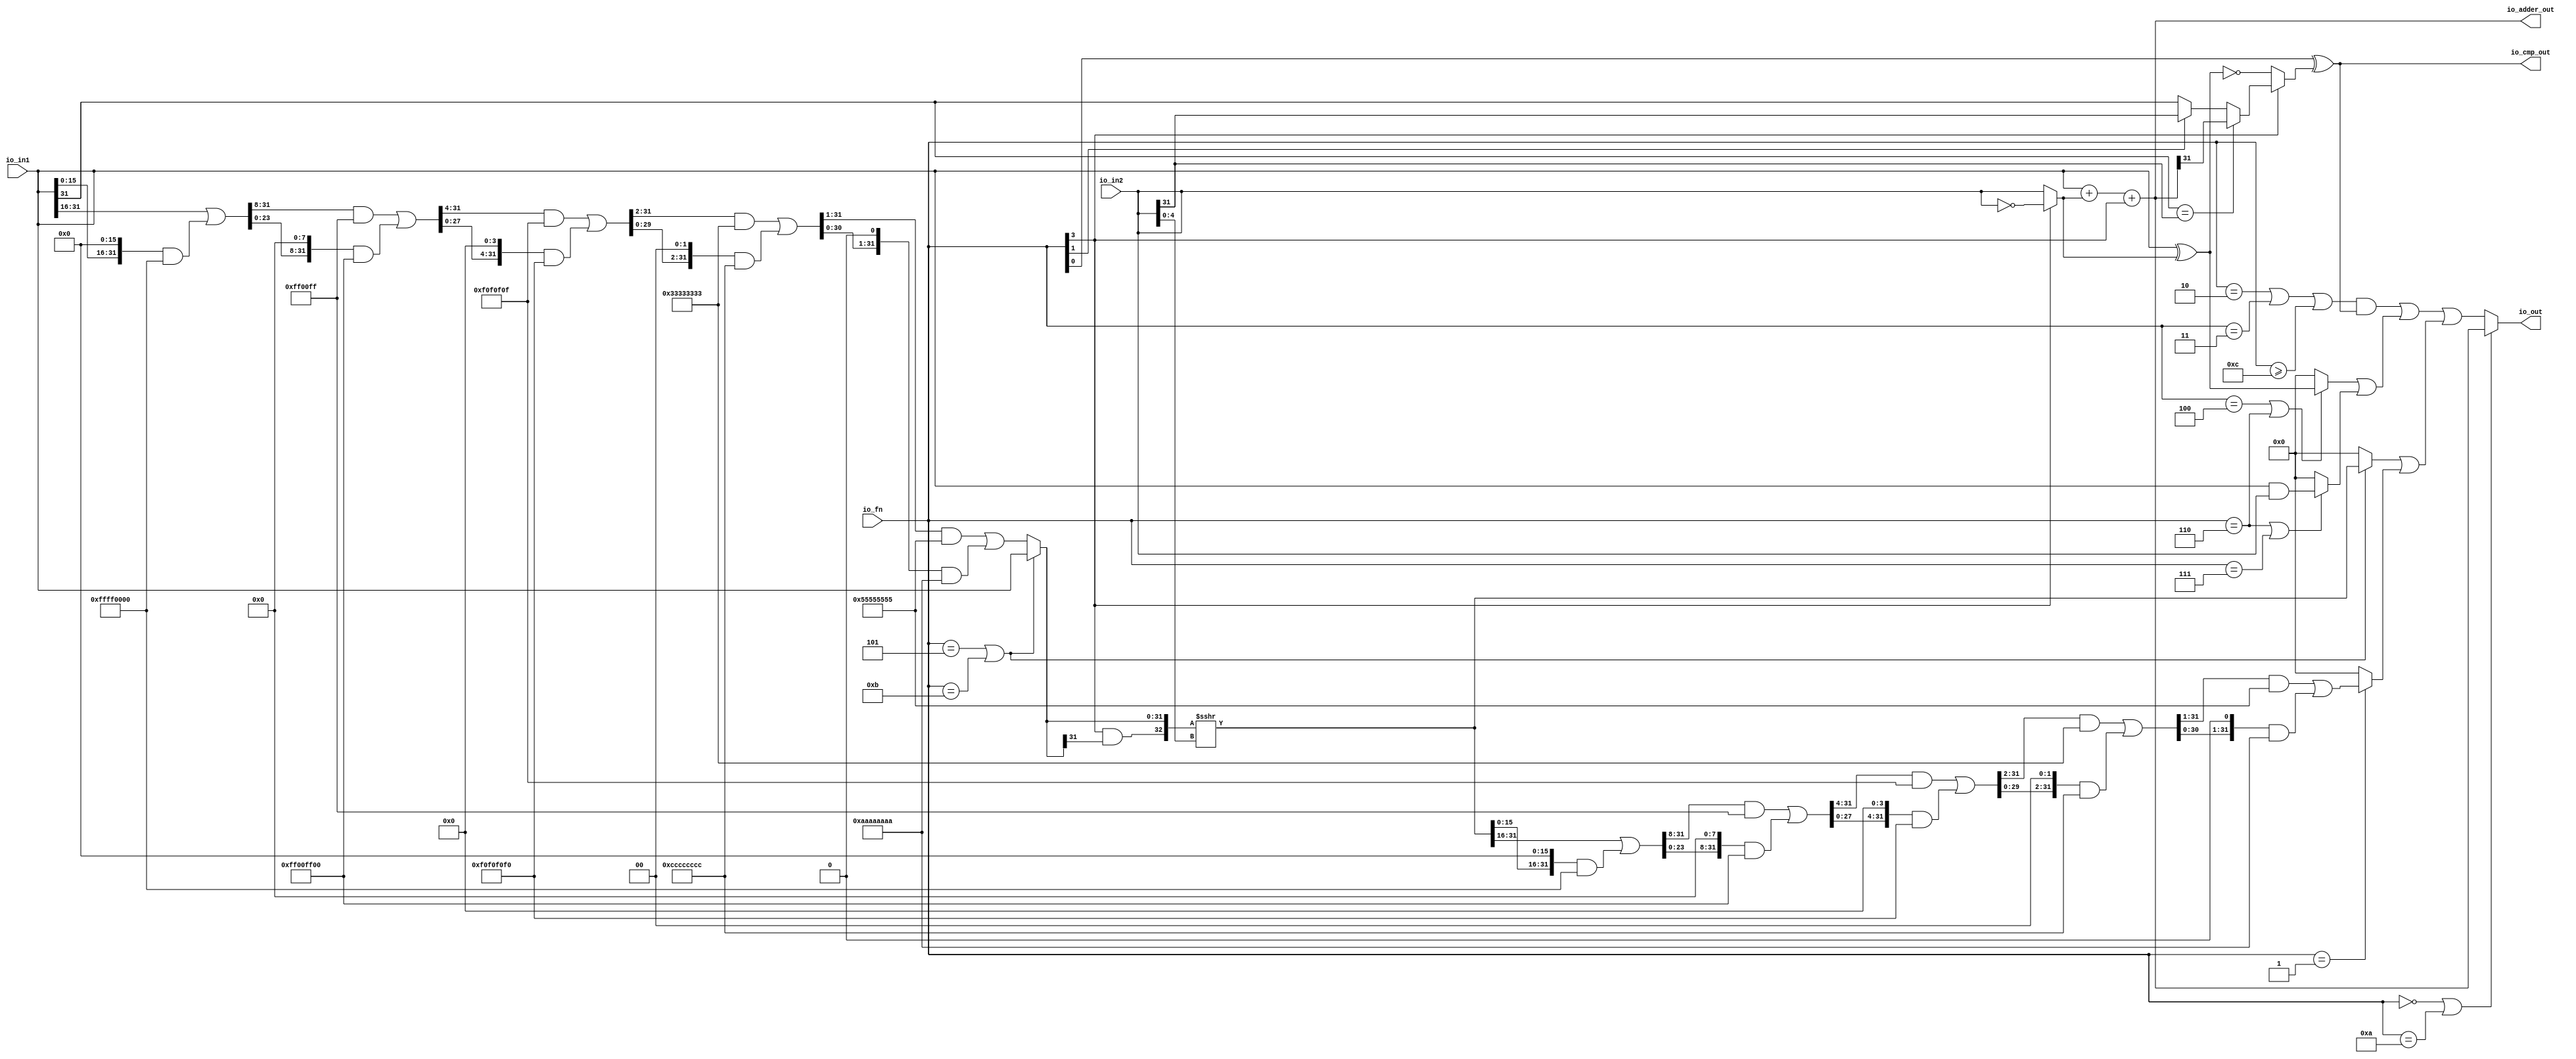
// Copyright (c) 2017, Microsemi Corporation
// All rights reserved.
//
// Redistribution and use in source and binary forms, with or without
// modification, are permitted provided that the following conditions are met:
//     * Redistributions of source code must retain the above copyright
//       notice, this list of conditions and the following disclaimer.
//     * Redistributions in binary form must reproduce the above copyright
//       notice, this list of conditions and the following disclaimer in the
//       documentation and/or other materials provided with the distribution.
//     * Neither the name of the <organization> nor the
//       names of its contributors may be used to endorse or promote products
//       derived from this software without specific prior written permission.
//
// THIS SOFTWARE IS PROVIDED BY THE COPYRIGHT HOLDERS AND CONTRIBUTORS "AS IS" AND
// ANY EXPRESS OR IMPLIED WARRANTIES, INCLUDING, BUT NOT LIMITED TO, THE IMPLIED
// WARRANTIES OF MERCHANTABILITY AND FITNESS FOR A PARTICULAR PURPOSE ARE
// DISCLAIMED. IN NO EVENT SHALL MICROSEMI CORPORATIONM BE LIABLE FOR ANY
// DIRECT, INDIRECT, INCIDENTAL, SPECIAL, EXEMPLARY, OR CONSEQUENTIAL DAMAGES
// (INCLUDING, BUT NOT LIMITED TO, PROCUREMENT OF SUBSTITUTE GOODS OR SERVICES;
// LOSS OF USE, DATA, OR PROFITS; OR BUSINESS INTERRUPTION) HOWEVER CAUSED AND
// ON ANY THEORY OF LIABILITY, WHETHER IN CONTRACT, STRICT LIABILITY, OR TORT
// (INCLUDING NEGLIGENCE OR OTHERWISE) ARISING IN ANY WAY OUT OF THE USE OF THIS
// SOFTWARE, EVEN IF ADVISED OF THE POSSIBILITY OF SUCH DAMAGE.
//
// APACHE LICENSE
// Copyright (c) 2017, Microsemi Corporation 
//
// Licensed under the Apache License, Version 2.0 (the "License");
// you may not use this file except in compliance with the License.
// You may obtain a copy of the License at
//
//    http://www.apache.org/licenses/LICENSE-2.0
//
// Unless required by applicable law or agreed to in writing, software
// distributed under the License is distributed on an "AS IS" BASIS,
// WITHOUT WARRANTIES OR CONDITIONS OF ANY KIND, either express or implied.
// See the License for the specific language governing permissions and
// limitations under the License.
//
// Description:
//
// SVN Revision Information:
// SVN $Revision: $
// SVN $Date: $
//
// Resolved SARs
// SAR      Date     Who   Description
//
// Notes:
//
// ****************************************************************************/
`define RANDOMIZE
`timescale 1ns/10ps
module PROC_SUBSYSTEM_MIV_RV32IMA_L1_AHB_0_MIV_RV32IMA_L1_AHB_ALU(
  input  [3:0]  io_fn,
  input  [31:0] io_in2,
  input  [31:0] io_in1,
  output [31:0] io_out,
  output [31:0] io_adder_out,
  output        io_cmp_out
);
  wire  _T_9;
  wire [31:0] _T_10;
  wire [31:0] in2_inv;
  wire [31:0] in1_xor_in2;
  wire [32:0] _T_11;
  wire [31:0] _T_12;
  wire [31:0] _GEN_0;
  wire [32:0] _T_14;
  wire [31:0] _T_15;
  wire  _T_16;
  wire  _T_19;
  wire  _T_21;
  wire  _T_22;
  wire  _T_23;
  wire  _T_24;
  wire  _T_25;
  wire  _T_26;
  wire  _T_29;
  wire  _T_30;
  wire  _T_31;
  wire  _T_32;
  wire [4:0] shamt;
  wire  _T_34;
  wire  _T_36;
  wire  _T_37;
  wire [15:0] _T_42;
  wire [31:0] _T_43;
  wire [15:0] _T_44;
  wire [31:0] _GEN_1;
  wire [31:0] _T_45;
  wire [31:0] _T_47;
  wire [31:0] _T_48;
  wire [23:0] _T_52;
  wire [31:0] _GEN_2;
  wire [31:0] _T_53;
  wire [23:0] _T_54;
  wire [31:0] _GEN_3;
  wire [31:0] _T_55;
  wire [31:0] _T_57;
  wire [31:0] _T_58;
  wire [27:0] _T_62;
  wire [31:0] _GEN_4;
  wire [31:0] _T_63;
  wire [27:0] _T_64;
  wire [31:0] _GEN_5;
  wire [31:0] _T_65;
  wire [31:0] _T_67;
  wire [31:0] _T_68;
  wire [29:0] _T_72;
  wire [31:0] _GEN_6;
  wire [31:0] _T_73;
  wire [29:0] _T_74;
  wire [31:0] _GEN_7;
  wire [31:0] _T_75;
  wire [31:0] _T_77;
  wire [31:0] _T_78;
  wire [30:0] _T_82;
  wire [31:0] _GEN_8;
  wire [31:0] _T_83;
  wire [30:0] _T_84;
  wire [31:0] _GEN_9;
  wire [31:0] _T_85;
  wire [31:0] _T_87;
  wire [31:0] _T_88;
  wire [31:0] shin;
  wire  _T_90;
  wire  _T_91;
  wire [32:0] _T_92;
  wire [32:0] _T_93;
  wire [32:0] _T_94;
  wire [31:0] shout_r;
  wire [15:0] _T_99;
  wire [31:0] _T_100;
  wire [15:0] _T_101;
  wire [31:0] _GEN_10;
  wire [31:0] _T_102;
  wire [31:0] _T_104;
  wire [31:0] _T_105;
  wire [23:0] _T_109;
  wire [31:0] _GEN_11;
  wire [31:0] _T_110;
  wire [23:0] _T_111;
  wire [31:0] _GEN_12;
  wire [31:0] _T_112;
  wire [31:0] _T_114;
  wire [31:0] _T_115;
  wire [27:0] _T_119;
  wire [31:0] _GEN_13;
  wire [31:0] _T_120;
  wire [27:0] _T_121;
  wire [31:0] _GEN_14;
  wire [31:0] _T_122;
  wire [31:0] _T_124;
  wire [31:0] _T_125;
  wire [29:0] _T_129;
  wire [31:0] _GEN_15;
  wire [31:0] _T_130;
  wire [29:0] _T_131;
  wire [31:0] _GEN_16;
  wire [31:0] _T_132;
  wire [31:0] _T_134;
  wire [31:0] _T_135;
  wire [30:0] _T_139;
  wire [31:0] _GEN_17;
  wire [31:0] _T_140;
  wire [30:0] _T_141;
  wire [31:0] _GEN_18;
  wire [31:0] _T_142;
  wire [31:0] _T_144;
  wire [31:0] shout_l;
  wire [31:0] _T_151;
  wire  _T_153;
  wire [31:0] _T_155;
  wire [31:0] shout;
  wire  _T_157;
  wire  _T_159;
  wire  _T_160;
  wire [31:0] _T_162;
  wire  _T_166;
  wire  _T_167;
  wire [31:0] _T_168;
  wire [31:0] _T_170;
  wire [31:0] logic$;
  wire  _T_172;
  wire  _T_174;
  wire  _T_175;
  wire  _T_177;
  wire  _T_178;
  wire  _T_179;
  wire [31:0] _GEN_19;
  wire [31:0] _T_180;
  wire [31:0] shift_logic;
  wire  _T_182;
  wire  _T_184;
  wire  _T_185;
  wire [31:0] out;
  assign io_out = out;
  assign io_adder_out = _T_15;
  assign io_cmp_out = _T_32;
  assign _T_9 = io_fn[3];
  assign _T_10 = ~ io_in2;
  assign in2_inv = _T_9 ? _T_10 : io_in2;
  assign in1_xor_in2 = io_in1 ^ in2_inv;
  assign _T_11 = io_in1 + in2_inv;
  assign _T_12 = _T_11[31:0];
  assign _GEN_0 = {{31'd0}, _T_9};
  assign _T_14 = _T_12 + _GEN_0;
  assign _T_15 = _T_14[31:0];
  assign _T_16 = io_fn[0];
  assign _T_19 = _T_9 == 1'h0;
  assign _T_21 = in1_xor_in2 == 32'h0;
  assign _T_22 = io_in1[31];
  assign _T_23 = io_in2[31];
  assign _T_24 = _T_22 == _T_23;
  assign _T_25 = io_adder_out[31];
  assign _T_26 = io_fn[1];
  assign _T_29 = _T_26 ? _T_23 : _T_22;
  assign _T_30 = _T_24 ? _T_25 : _T_29;
  assign _T_31 = _T_19 ? _T_21 : _T_30;
  assign _T_32 = _T_16 ^ _T_31;
  assign shamt = io_in2[4:0];
  assign _T_34 = io_fn == 4'h5;
  assign _T_36 = io_fn == 4'hb;
  assign _T_37 = _T_34 | _T_36;
  assign _T_42 = io_in1[31:16];
  assign _T_43 = {{16'd0}, _T_42};
  assign _T_44 = io_in1[15:0];
  assign _GEN_1 = {{16'd0}, _T_44};
  assign _T_45 = _GEN_1 << 16;
  assign _T_47 = _T_45 & 32'hffff0000;
  assign _T_48 = _T_43 | _T_47;
  assign _T_52 = _T_48[31:8];
  assign _GEN_2 = {{8'd0}, _T_52};
  assign _T_53 = _GEN_2 & 32'hff00ff;
  assign _T_54 = _T_48[23:0];
  assign _GEN_3 = {{8'd0}, _T_54};
  assign _T_55 = _GEN_3 << 8;
  assign _T_57 = _T_55 & 32'hff00ff00;
  assign _T_58 = _T_53 | _T_57;
  assign _T_62 = _T_58[31:4];
  assign _GEN_4 = {{4'd0}, _T_62};
  assign _T_63 = _GEN_4 & 32'hf0f0f0f;
  assign _T_64 = _T_58[27:0];
  assign _GEN_5 = {{4'd0}, _T_64};
  assign _T_65 = _GEN_5 << 4;
  assign _T_67 = _T_65 & 32'hf0f0f0f0;
  assign _T_68 = _T_63 | _T_67;
  assign _T_72 = _T_68[31:2];
  assign _GEN_6 = {{2'd0}, _T_72};
  assign _T_73 = _GEN_6 & 32'h33333333;
  assign _T_74 = _T_68[29:0];
  assign _GEN_7 = {{2'd0}, _T_74};
  assign _T_75 = _GEN_7 << 2;
  assign _T_77 = _T_75 & 32'hcccccccc;
  assign _T_78 = _T_73 | _T_77;
  assign _T_82 = _T_78[31:1];
  assign _GEN_8 = {{1'd0}, _T_82};
  assign _T_83 = _GEN_8 & 32'h55555555;
  assign _T_84 = _T_78[30:0];
  assign _GEN_9 = {{1'd0}, _T_84};
  assign _T_85 = _GEN_9 << 1;
  assign _T_87 = _T_85 & 32'haaaaaaaa;
  assign _T_88 = _T_83 | _T_87;
  assign shin = _T_37 ? io_in1 : _T_88;
  assign _T_90 = shin[31];
  assign _T_91 = _T_9 & _T_90;
  assign _T_92 = {_T_91,shin};
  assign _T_93 = $signed(_T_92);
  assign _T_94 = $signed(_T_93) >>> shamt;
  assign shout_r = _T_94[31:0];
  assign _T_99 = shout_r[31:16];
  assign _T_100 = {{16'd0}, _T_99};
  assign _T_101 = shout_r[15:0];
  assign _GEN_10 = {{16'd0}, _T_101};
  assign _T_102 = _GEN_10 << 16;
  assign _T_104 = _T_102 & 32'hffff0000;
  assign _T_105 = _T_100 | _T_104;
  assign _T_109 = _T_105[31:8];
  assign _GEN_11 = {{8'd0}, _T_109};
  assign _T_110 = _GEN_11 & 32'hff00ff;
  assign _T_111 = _T_105[23:0];
  assign _GEN_12 = {{8'd0}, _T_111};
  assign _T_112 = _GEN_12 << 8;
  assign _T_114 = _T_112 & 32'hff00ff00;
  assign _T_115 = _T_110 | _T_114;
  assign _T_119 = _T_115[31:4];
  assign _GEN_13 = {{4'd0}, _T_119};
  assign _T_120 = _GEN_13 & 32'hf0f0f0f;
  assign _T_121 = _T_115[27:0];
  assign _GEN_14 = {{4'd0}, _T_121};
  assign _T_122 = _GEN_14 << 4;
  assign _T_124 = _T_122 & 32'hf0f0f0f0;
  assign _T_125 = _T_120 | _T_124;
  assign _T_129 = _T_125[31:2];
  assign _GEN_15 = {{2'd0}, _T_129};
  assign _T_130 = _GEN_15 & 32'h33333333;
  assign _T_131 = _T_125[29:0];
  assign _GEN_16 = {{2'd0}, _T_131};
  assign _T_132 = _GEN_16 << 2;
  assign _T_134 = _T_132 & 32'hcccccccc;
  assign _T_135 = _T_130 | _T_134;
  assign _T_139 = _T_135[31:1];
  assign _GEN_17 = {{1'd0}, _T_139};
  assign _T_140 = _GEN_17 & 32'h55555555;
  assign _T_141 = _T_135[30:0];
  assign _GEN_18 = {{1'd0}, _T_141};
  assign _T_142 = _GEN_18 << 1;
  assign _T_144 = _T_142 & 32'haaaaaaaa;
  assign shout_l = _T_140 | _T_144;
  assign _T_151 = _T_37 ? shout_r : 32'h0;
  assign _T_153 = io_fn == 4'h1;
  assign _T_155 = _T_153 ? shout_l : 32'h0;
  assign shout = _T_151 | _T_155;
  assign _T_157 = io_fn == 4'h4;
  assign _T_159 = io_fn == 4'h6;
  assign _T_160 = _T_157 | _T_159;
  assign _T_162 = _T_160 ? in1_xor_in2 : 32'h0;
  assign _T_166 = io_fn == 4'h7;
  assign _T_167 = _T_159 | _T_166;
  assign _T_168 = io_in1 & io_in2;
  assign _T_170 = _T_167 ? _T_168 : 32'h0;
  assign logic$ = _T_162 | _T_170;
  assign _T_172 = io_fn == 4'h2;
  assign _T_174 = io_fn == 4'h3;
  assign _T_175 = _T_172 | _T_174;
  assign _T_177 = io_fn >= 4'hc;
  assign _T_178 = _T_175 | _T_177;
  assign _T_179 = _T_178 & io_cmp_out;
  assign _GEN_19 = {{31'd0}, _T_179};
  assign _T_180 = _GEN_19 | logic$;
  assign shift_logic = _T_180 | shout;
  assign _T_182 = io_fn == 4'h0;
  assign _T_184 = io_fn == 4'ha;
  assign _T_185 = _T_182 | _T_184;
  assign out = _T_185 ? io_adder_out : shift_logic;
endmodule